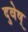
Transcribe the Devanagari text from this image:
दुवेष्